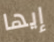
إيها